system: You are a helpful assistant.
user:
Analyze the provided spectrum to determine if it is a **Carbon Star (C-type)**.

- **Key Visual Indicators of Carbon Star:**
    - **(Primary):** Strong molecular absorption from **C₂ (diatomic carbon) "Swan Bands."** This is the **defining feature** of a carbon star.
        - **(Key Bandheads):** Sharp absorption edges are visible at approximately $5635$ Å, $5165$ Å (the strongest band), and $4737$ Å.
        - **(Line Profile):** Creates a distinct **"saw-tooth"** pattern. The key morphology is a sharp, steep bandhead on the **red (long-wavelength) side**, which then gradually tapers off (i.e., flux recovers) towards the **blue (short-wavelength) side**. *(This is the direct opposite of the TiO bands seen in M-type stars)*.

    - **(Secondary):** Intense **CN (cyanogen)** molecular absorption bands.
        - **(Key Bandheads):** Located in the blue and violet regions of the spectrum (e.g., near $4215$ Å and $3883$ Å).
        - **(Morphology):** These bands are extremely broad and act as a "blanket," absorbing the vast majority of blue and violet light. This creates a characteristic **"cliff"** or **"steep drop-off"** in the spectrum's flux at short wavelengths.

    - **(Key Confirmation):** Strong **CH absorption band (G-band)**.
        - **(Key Bandhead):** Located around $4300$ Å. The contribution from CH molecules to this band is exceptionally strong.

    - **(Overall Spectrum):**
        - The continuum is severely "chopped up" by these deep molecular bands, especially C₂, rather than appearing as a smooth curve.
        - Due to the heavy CN and C₂ absorption in the blue-green, the vast majority of the star's flux is concentrated in the red part of the spectrum, giving the star its characteristic deep red color.

Think first, call **spectral_visualization_tool** if needed to examine features in detail, then provide your final answer. Your response must adhere to the following strict rules:
1.  **Overall Structure:** Your response must follow the format `<think>...</think> <tool_call>...</tool_call> (if a tool is used) <answer>...</answer>`.
2.  **Tool Usage Constraint:** You may only make **one** tool call per turn.
3.  **Final Answer Format:** In the `<answer>` tag, your conclusion must be inside a `\boxed{}` command (e.g., `\boxed{YES}`), followed by your justification.

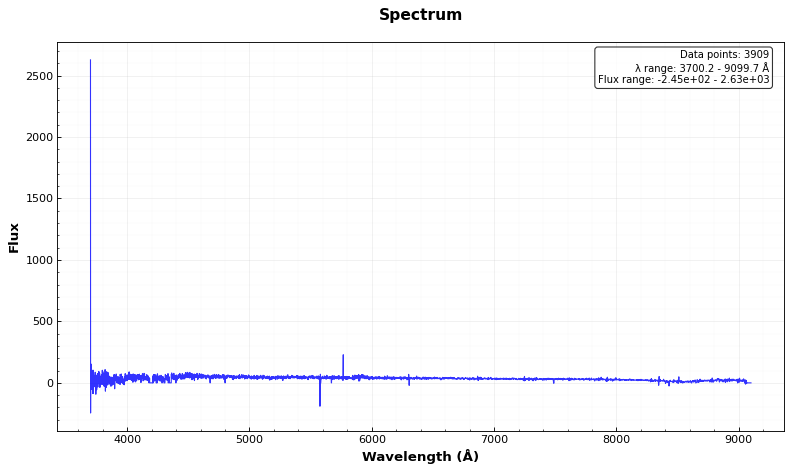
Answer: NO